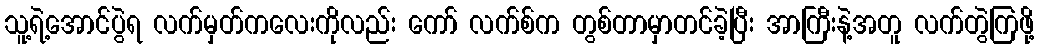
သူ့ရဲ့အောင်ပွဲရ လက်မှတ်ကလေးကိုလည်း ကော် လက်စ်က တွစ်တာမှာတင်ခဲ့ပြီး အာကြီးနဲ့အတူ လက်တွဲကြဖို့